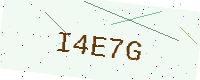
Text: I4E7G